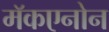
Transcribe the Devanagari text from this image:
मॅकएनोन